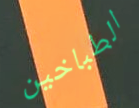
الطباخين